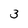
Character: 3